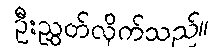
ဦးညွှတ်လိုက်သည်။